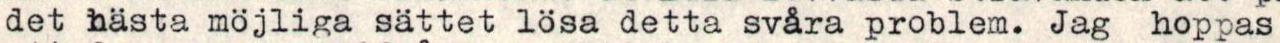
det hästa möjliga sättet lösa detta svåra problem. Jag hoppas